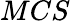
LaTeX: MCS